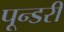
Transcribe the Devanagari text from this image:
पून्डरी